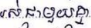
រស់ជាមួយគ្នា